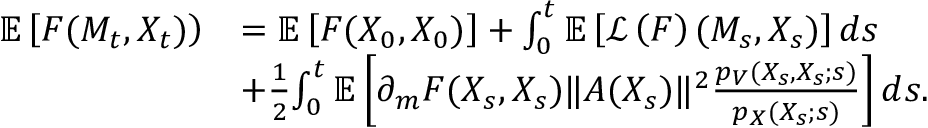
\begin{array} { r l } { { \mathbb E } \left[ F ( M _ { t } , X _ { t } ) \right) } & { = { \mathbb E } \left[ F ( X _ { 0 } , X _ { 0 } ) \right] + \int _ { 0 } ^ { t } { \mathbb E } \left[ { \mathcal L } \left( F \right) ( M _ { s } , X _ { s } ) \right] d s } \\ & { + \frac { 1 } { 2 } { \int _ { 0 } ^ { t } { \mathbb E } \left[ \partial _ { m } F ( X _ { s } , { X _ { s } } ) \| A ( X _ { s } ) \| ^ { 2 } \frac { p _ { V } ( X _ { s } , { X _ { s } } ; s ) } { p _ { X } ( X _ { s } ; s ) } \right] d s . } } \end{array}